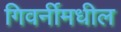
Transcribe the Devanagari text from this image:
गिवर्नीमधील